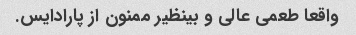
واقعا طعمی عالی و بینظیر ممنون از پارادایس.